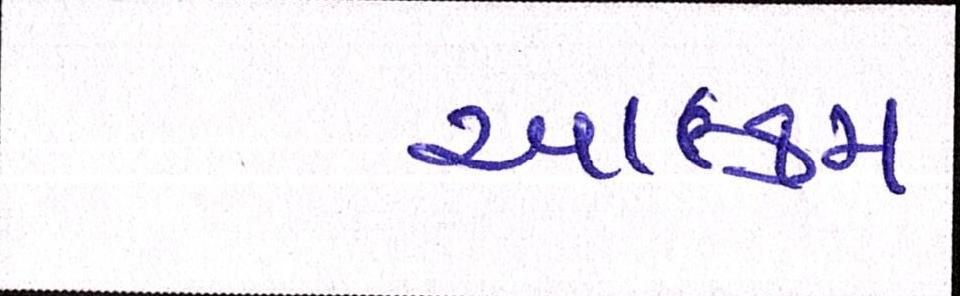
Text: આલ્કમ